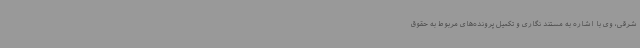
شرقی، وی با اشاره به مستند نگاری و تکمیل پرونده‌های مربوط به حقوق